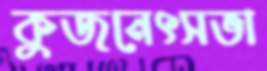
কুজনেৎসভা